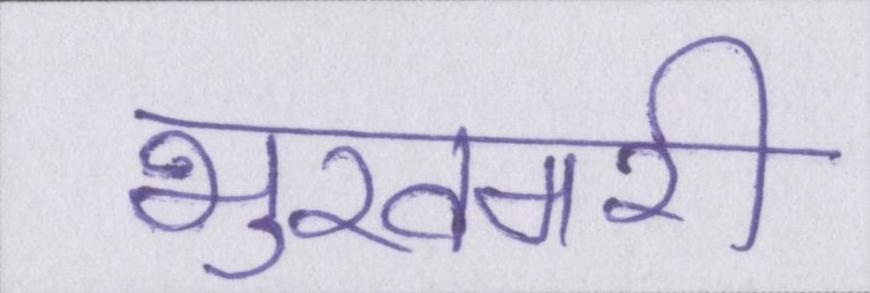
भुखमरी